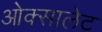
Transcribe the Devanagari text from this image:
ओक्सालेट